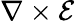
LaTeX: \nabla\times\mathbf{\mathcal{E}}